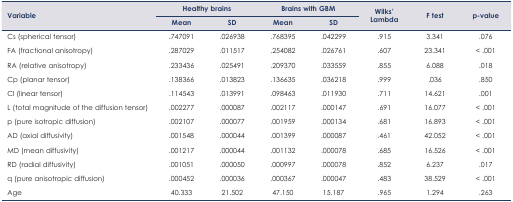
<table><thead><tr><td rowspan="2"><b>Variable</b></td><td colspan="2"><b>Healthy brains</b></td><td colspan="2"><b>Brains with GBM</b></td><td rowspan="2"><b>Wilks’ Lambda</b></td><td rowspan="2"><b>F test</b></td><td rowspan="2"><b>p-value</b></td></tr><tr><td><b>Mean</b></td><td><b>SD</b></td><td><b>Mean</b></td><td><b>SD</b></td></tr></thead><tbody><tr><td>Cs (spherical tensor)</td><td>.747091</td><td>.026938</td><td>.768395</td><td>.042299</td><td>.915</td><td>3.341</td><td>.076</td></tr><tr><td>FA (fractional anisotropy)</td><td>.287029</td><td>.011517</td><td>.254082</td><td>.026761</td><td>.607</td><td>23.341</td><td>&lt; .001</td></tr><tr><td>RA (relative anisotropy)</td><td>.233436</td><td>.025491</td><td>.209370</td><td>.033559</td><td>.855</td><td>6.088</td><td>.018</td></tr><tr><td>Cp (planar tensor)</td><td>.138366</td><td>.013823</td><td>.136635</td><td>.036218</td><td>.999</td><td>.036</td><td>.850</td></tr><tr><td>Cl (linear tensor)</td><td>.114543</td><td>.013991</td><td>.098463</td><td>.011930</td><td>.711</td><td>14.621</td><td>.001</td></tr><tr><td>L (total magnitude of the diffusion tensor)</td><td>.002277</td><td>.000087</td><td>.002117</td><td>.000147</td><td>.691</td><td>16.077</td><td>&lt; .001</td></tr><tr><td>p (pure isotropic diffusion)</td><td>.002107</td><td>.000077</td><td>.001959</td><td>.000134</td><td>.681</td><td>16.893</td><td>&lt; .001</td></tr><tr><td>AD (axial diffusivity)</td><td>.001548</td><td>.000044</td><td>.001399</td><td>.000087</td><td>.461</td><td>42.052</td><td>&lt; .001</td></tr><tr><td>MD (mean diffusivity)</td><td>.001217</td><td>.000044</td><td>.001132</td><td>.000078</td><td>.685</td><td>16.526</td><td>&lt; .001</td></tr><tr><td>RD (radial diffusivity)</td><td>.001051</td><td>.000050</td><td>.000997</td><td>.000078</td><td>.852</td><td>6.237</td><td>.017</td></tr><tr><td>q (pure anisotropic diffusion)</td><td>.000452</td><td>.000036</td><td>.000367</td><td>.000047</td><td>.483</td><td>38.529</td><td>&lt; .001</td></tr><tr><td>Age</td><td>40.333</td><td>21.502</td><td>47.150</td><td>15.187</td><td>.965</td><td>1.294</td><td>.263</td></tr></tbody></table>